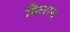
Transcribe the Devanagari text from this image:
किरान